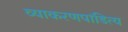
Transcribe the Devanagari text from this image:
व्याकरणपांडित्य